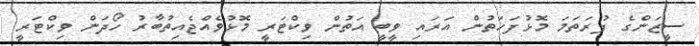
ސީޒަންގެ ފުރަތަމަ މޮޅުފަހަތުން އަރައި ވީބީ އަތުން ވިކްޓަރީ މޮޅުވެއްޖެއިތުބާރު ހޯދަން ވިކްޓަރީ